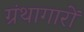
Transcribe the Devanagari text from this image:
ग्रंथागारों